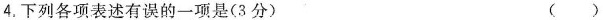
4.下列各项表述有误的一项是(3分) ()